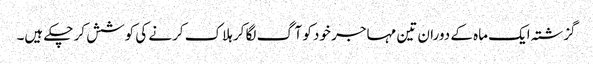
گزشتہ ایک ماہ کے دوران تین مہاجر خود کو آگ لگا کر ہلاک کرنے کی کوشش کر چکے ہیں۔